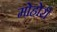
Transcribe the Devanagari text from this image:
मोहोरी